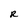
Character: R